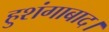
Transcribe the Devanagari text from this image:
हुशंगाबाद।